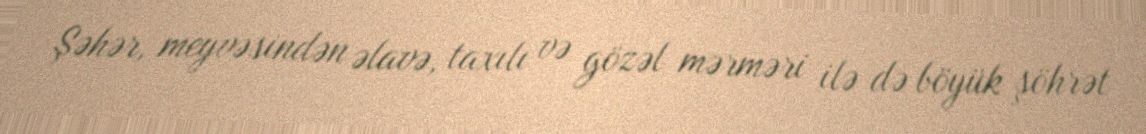
Şəhər, meyvəsindən əlavə, taxılı və gözəl mərməri ilə də böyük şöhrət